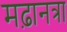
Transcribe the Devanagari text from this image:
मढ़ानत्रा